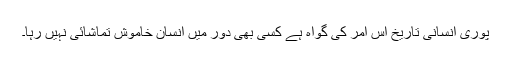
پوری انسانی تاریخ اِس امر کی گواہ ہے کسی بھی دور میں انسان خاموش تماشائی نہیں رہا۔